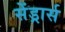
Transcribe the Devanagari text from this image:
सेंड्रार्स